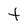
Character: t